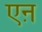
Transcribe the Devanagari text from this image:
एऩ